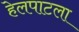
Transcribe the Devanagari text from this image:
हेलपाटला